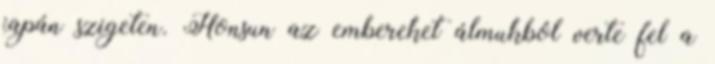
japán szigeten. Honsun az embereket álmukból verte fel a